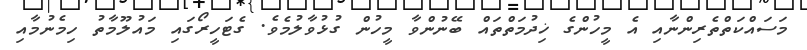
މަސައްކަތްތެރިންނާއި އެ މީހުންގެ ޚިދުމަތްތައް ބޭނުންވާ މީހުން ގުޅުވާލުމެވެ. ގެޓަހީރޯގައި މައުލޫމާތު ހިމެނުމާއި